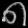
Digit: ၈